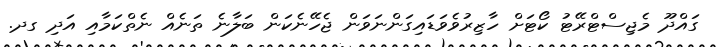
ގައްދޫ މެޖިސްޓްރޭޓު ކޯޓަށް ހާޒިރުވެވަޑައިގަންނަވަން ޖެހޭނެކަން ބަލާނެ ތަނެއް ނެތްކަމާއި އަދި ގދ.